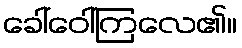
ခေါ်ဝေါ်ကြလေ၏။